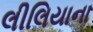
લીલિયાના